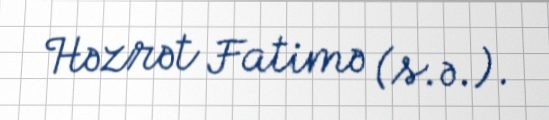
Həzrət Fatimə (s.ə.).